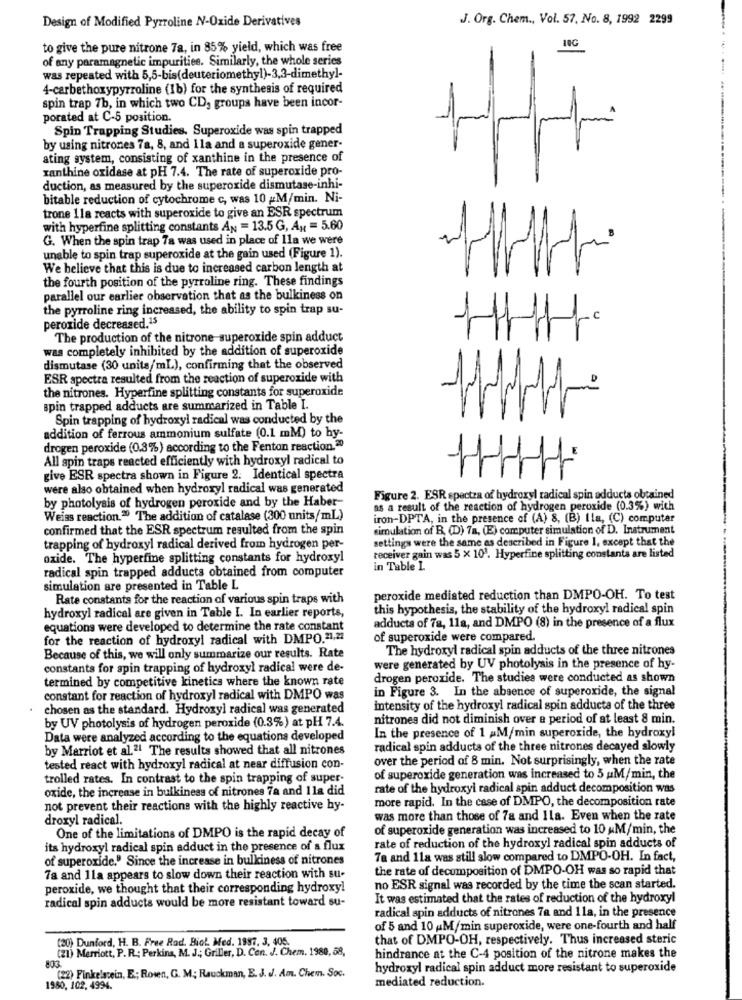
Design of Modified Pyrroline N-Oxide Derivatives
J. Org. Chem ., Vol. 57, No. 8, 1992 2299
10G
to give the pure nitrone 7a, in 85% yield, which was free
of any paramagnetic impurities. Similarly, the whole series
was repeated with 5,5-bis(deuteriomethyl)-3,3-dimethyl-
4-carbethoxypyrroline (1b) for the synthesis of required
spin trap 7b, in which two CD, groups have been incor-
porated at C-5 position.
Spin Trapping Studies. Superoxide was spin trapped
by using nitrones 7a, 8, and 1la and a superoxide gener-
ating system, consisting of xanthine in the presence of
xanthine oxidase at pH 7.4. The rate of superoxide pro-
duction, as measured by the superoxide dismutase-inhi-
bitable reduction of cytochrome c, was 10 M/min. Ni-
trone 11a reacts with superoxide to give an ESR spectrum
with hyperfine splitting constants AN = 13.5 G, Ax = 5.60
G. When the spin trap 7a was used in place of 11a we were
unable to spin trap superoxide at the gain used (Figure 1).
We believe that this is due to increased carbon length at
the fourth position of the pyrroline ring. These findings
parallel our earlier observation that as the bulkiness on
the pyrroline ring increased, the ability to spin trap su-
0
peroxide decreased.15
The production of the nitrone superoxide spin adduct
was completely inhibited by the addition of superoxide
dismutase (30 units/mL), confirming that the observed
ESR spectra resulted from the reaction of superoxide with
2
the nitrones. Hyperfine splitting constants for superoxide
spin trapped adducts are summarized in Table I.
Spin trapping of hydroxyl radical was conducted by the
addition of ferrous ammonium sulfate (0.1 mM) to hy-
drogen peroxide (0.3%) according to the Fenton reaction.30
All spin traps reacted efficiently with hydroxyl radical to
-1
give ESR spectra shown in Figure 2. Identical spectra
were also obtained when hydroxyl radical was generated
by photolysis of hydrogen peroxide and by the Haber-
Figure 2. ESR spectra of hydroxyl radical spin adducts obtained
as a result of the reaction of hydrogen peroxide (0.3%) with
Weiss reaction." The addition of catalase (300 units/mL)
iron-DPTA, in the presence of (A) 8, (B) Ila, (C) computer
confirmed that the ESR spectrum resulted from the spin
simulation of B. (D) 7a, (E) computer simulation of D. Instrument
settings were the same as described in Figure 1, except that the
trapping of hydroxyl radical derived from hydrogen per-
oxide. The hyperfine splitting constants for hydroxyl
receiver gain was 5 x 101. Hyperfine splitting constants are listed
radical spin trapped adducts obtained from computer
in Table 1.
simulation are presented in Table L
Rate constants for the reaction of various spin traps with
peroxide mediated reduction than DMPO-OH. To test
this hypothesis, the stability of the hydroxyl radical spin
hydroxyl radical are given in Table I. In earlier reports,
adducts of 78, 11a, and DMPO (8) in the presence of a flux
equations were developed to determine the rate constant
for the reaction of hydroxyl radical with DMPO.21,22
of superoxide were compared.
The hydroxyl radical spin adducts of the three nitrones
Because of this, we will only summarize our results. Rate
constants for spin trapping of hydroxyl radical were de-
were generated by UV photolysis in the presence of hy-
termined by competitive kinetics where the known rate
drogen peroxide. The studies were conducted as shown
in Figure 3. In the absence of superoxide, the signal
constant for reaction of hydroxyl radical with DMPO was
chosen as the standard. Hydroxyl radical was generated
intensity of the hydroxyl radical spin adducta of the three
by UV photolysis of hydrogen peroxide (0.3%) at pH 7.4.
nitrones did not diminish over a period of at least 8 min.
Data were analyzed according to the equations developed
In the presence of 1 M/min superoxide, the hydroxyl
by Marriot et al.2. The results showed that all nitrones
radical spin adducts of the three nitrones decayed slowly
over the period of 8 min. Not surprisingly, when the rate
tested react with hydroxyl radical at near diffusion con-
trolled rates. In contrast to the spin trapping of super-
of superoxide generation was increased to 5 uM/min, the
oxide, the increase in bulkiness of nitrones 7a and 11a did
rate of the hydroxyl radical spin adduct decomposition was
more rapid. In the case of DMPO, the decomposition rate
not prevent their reactions with the highly reactive hy-
droxyl radical.
was more than those of 78 and Ila. Even when the rate
of superoxide generation was increased to 10 M/min, the
One of the limitations of DMPO is the rapid decay of
rate of reduction of the hydroxyl radical spin adducts of
its hydroxyl radical spin adduct in the presence of a flux
of superoxide." Since the increase in bulkiness of nitrones
Ta and 11a was still slow compared to DMPO-OH. In fact,
the rate of decomposition of DMPO-OH was so rapid that
7a and 11a appears to slow down their reaction with su-
peroxide, we thought that their corresponding hydroxy!
no ESR signal was recorded by the time the scan started.
radical spin adducts would be more resistant toward su-
It was estimated that the rates of reduction of the hydroxyl
radical spin adducts of nitrones 7a and 11a, in the presence
of 5 and 10 M/min superoxide, were one-fourth and half
(20) Dunford, H. B. Free Rad. Biol Med. 1997, 3, 405.
that of DMPO-OH, respectively. Thus increased steric
(z1) Merriott, P.R .: Perkins, M. J .; Griller, D. Con. J. Chem. 1980, 58,
hindrance at the C-4 position of the nitrone makes the
803.
hydroxyl radical spin adduct more resistant to superoxide
(22) Finkelstein, E .; Rowen, G. M; Rauckman, E. J. el. Am. Chem. Soc.
mediated reduction.
1980, 102, 4994.